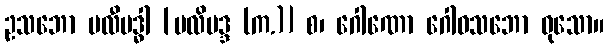
ဥသဘော ဗလီဗဒ္ဓါ [ဗလိဗဒ္ဒ (က.)] စ၊ ဂေါဏော ဂေါဝသဘော ဝုသော။